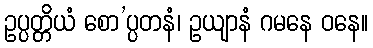
ဥပ္ပတ္တိယံ စော’ပ္ပတနံ၊ ဥယျာနံ ဂမနေ ဝနေ။